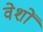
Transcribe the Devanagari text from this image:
वेशों